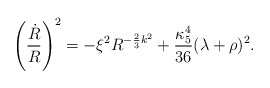
\begin{align*}\left({\dot{R}\over R}\right)^2=-\xi^2 R^{-{2\over 3}k^2}+{\kappa_{5}^{4}\over 36}(\lambda+\rho)^2.\end{align*}